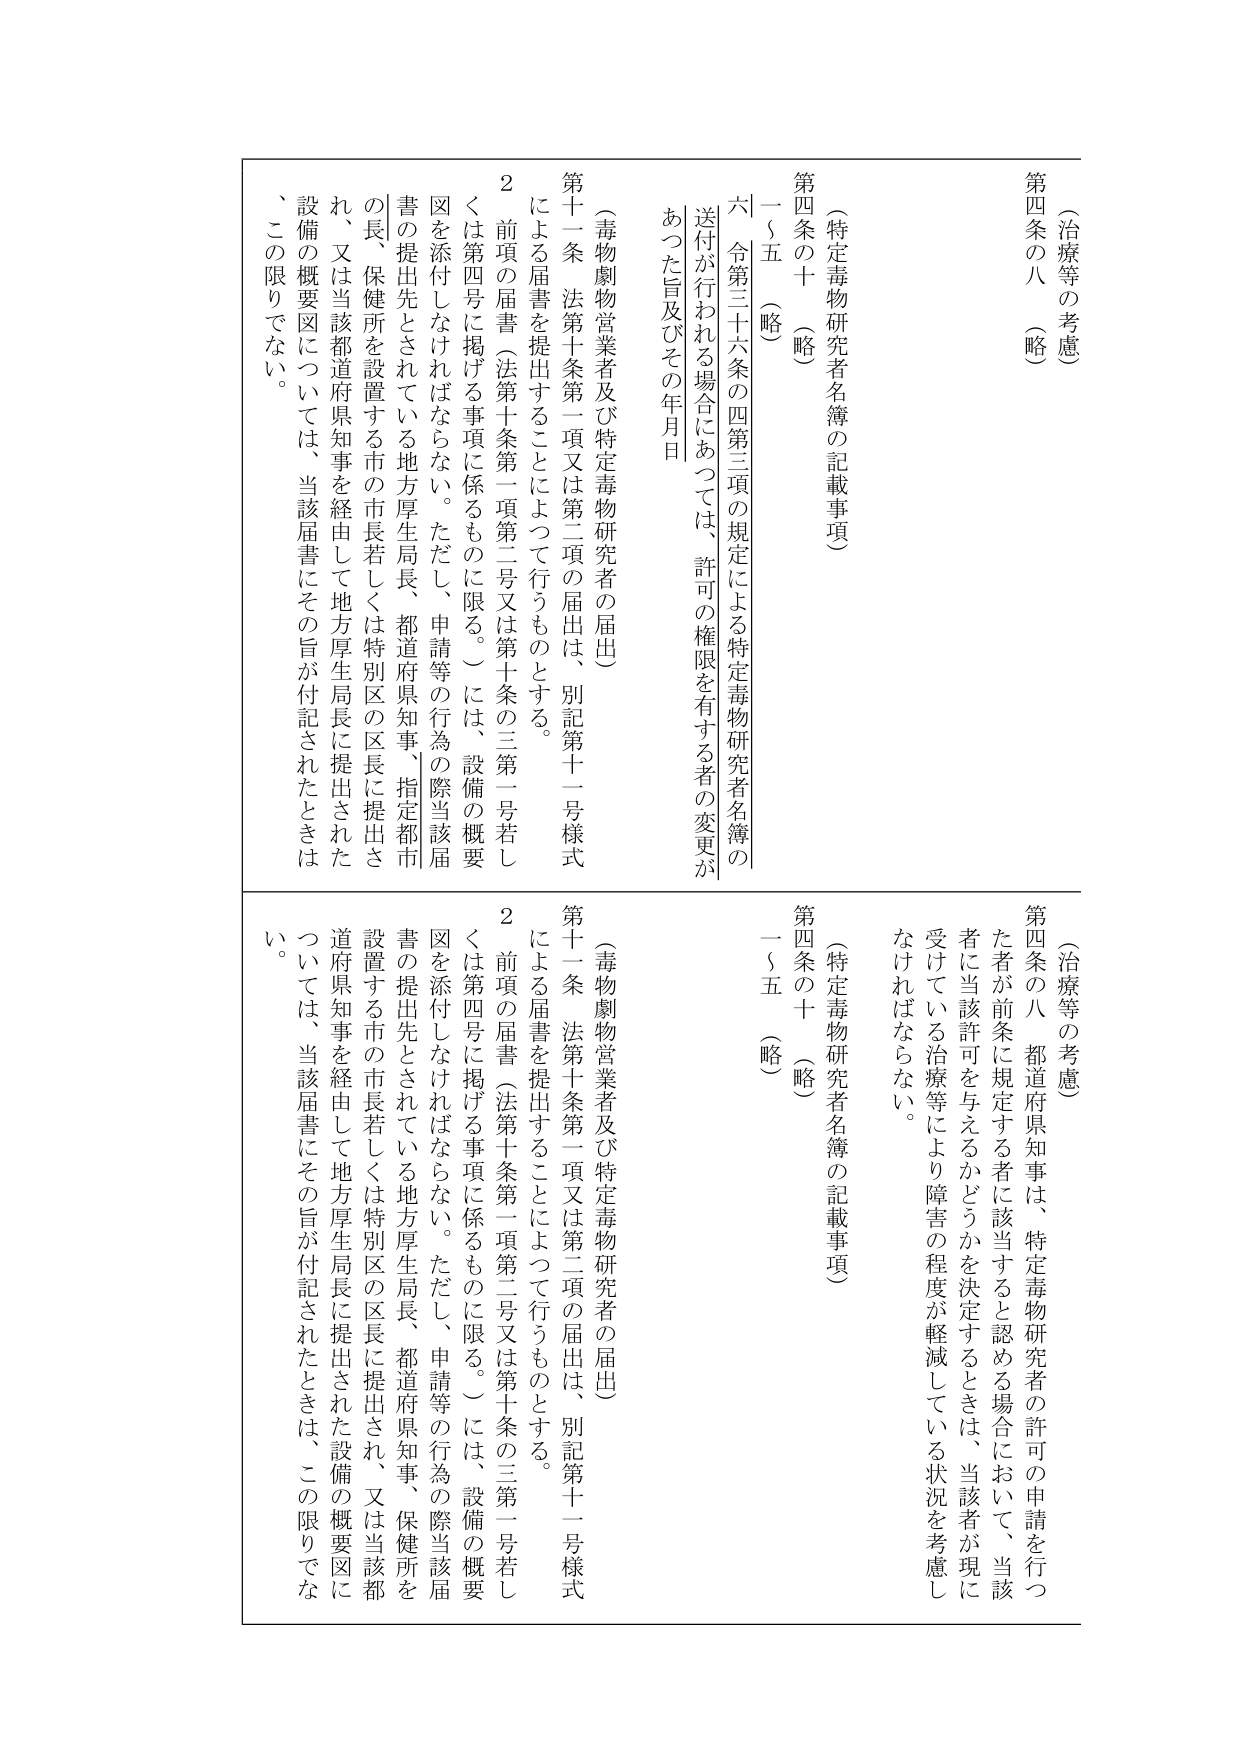
（治療等の考慮）
第四条の八（略）

（特定毒物研究者名簿の記載事項）
第四条の十（略）
一～五（略）
六 令第三十六条の四第三項の規定による特定毒物研究者名簿の送付が行われる場合にあっては、許可の権限を有する者の変更があつた旨及びその年月日

（毒物劇物営業者及び特定毒物研究者の届出）
第十一条 法第十条第一項又は第二項の届出は、別記第十一号様式による届書を提出することによつて行うものとする。
２ 前項の届書（法第十条第一項第二号又は第十条の三第一号若しくは第四号に掲げる事項に係るものに限る。）には、設備の概要図を添付しなければならない。ただし、申請等の行為の際当該届書の提出先とされている地方厚生局長、都道府県知事、指定都市の長、保健所を設置する市の市長若しくは特別区の区長に提出され、又は当該都道府県知事を経由して地方厚生局長に提出された設備の概要図については、当該届書にその旨が付記されたときは、この限りでない。

（治療等の考慮）
第四条の八 都道府県知事は、特定毒物研究者の許可の申請を行つた者が前条に規定する者に該当すると認める場合において、当該者に当該許可を与えるかどうかを決定するときは、当該者が現に受けている治療等により障害の程度が軽減している状況を考慮しなければならない。

（特定毒物研究者名簿の記載事項）
第四条の十（略）
一～五（略）

（毒物劇物営業者及び特定毒物研究者の届出）
第十一条 法第十条第一項又は第二項の届出は、別記第十一号様式による届書を提出することによつて行うものとする。
２ 前項の届書（法第十条第一項第二号又は第十条の三第一号若しくは第四号に掲げる事項に係るものに限る。）には、設備の概要図を添付しなければならない。ただし、申請等の行為の際当該届書の提出先とされている地方厚生局長、都道府県知事、保健所を設置する市の市長若しくは特別区の区長に提出され、又は当該都道府県知事を経由して地方厚生局長に提出された設備の概要図については、当該届書にその旨が付記されたときは、この限りでない。